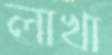
লাখা